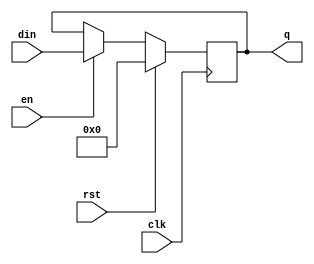
module pc(
    input wire clk,rst,en,
    input wire [31:0] din,
    output reg [31:0] q
    );
always @(posedge clk) begin
    if(rst) q <= 32'b0;
    else if(en) begin
        q<=din;
    end  else begin
       q<=q;
    end
end
endmodule